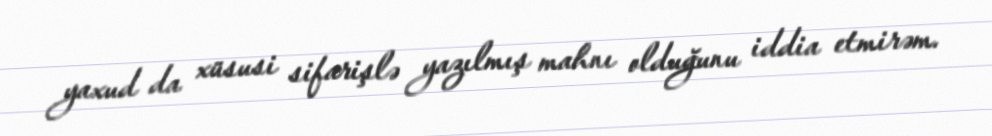
yaxud da xüsusi sifarişlə yazılmış mahnı olduğunu iddia etmirəm.